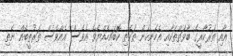
އާއި ތަރުކާރީގެ ބާވަތްތަކާއި އެހެނިހެން ތަކެތި ކޮބައިހެއްޔެވެ އެވެސް އެއްވެސް ތަރުތީބެއް ނެތި